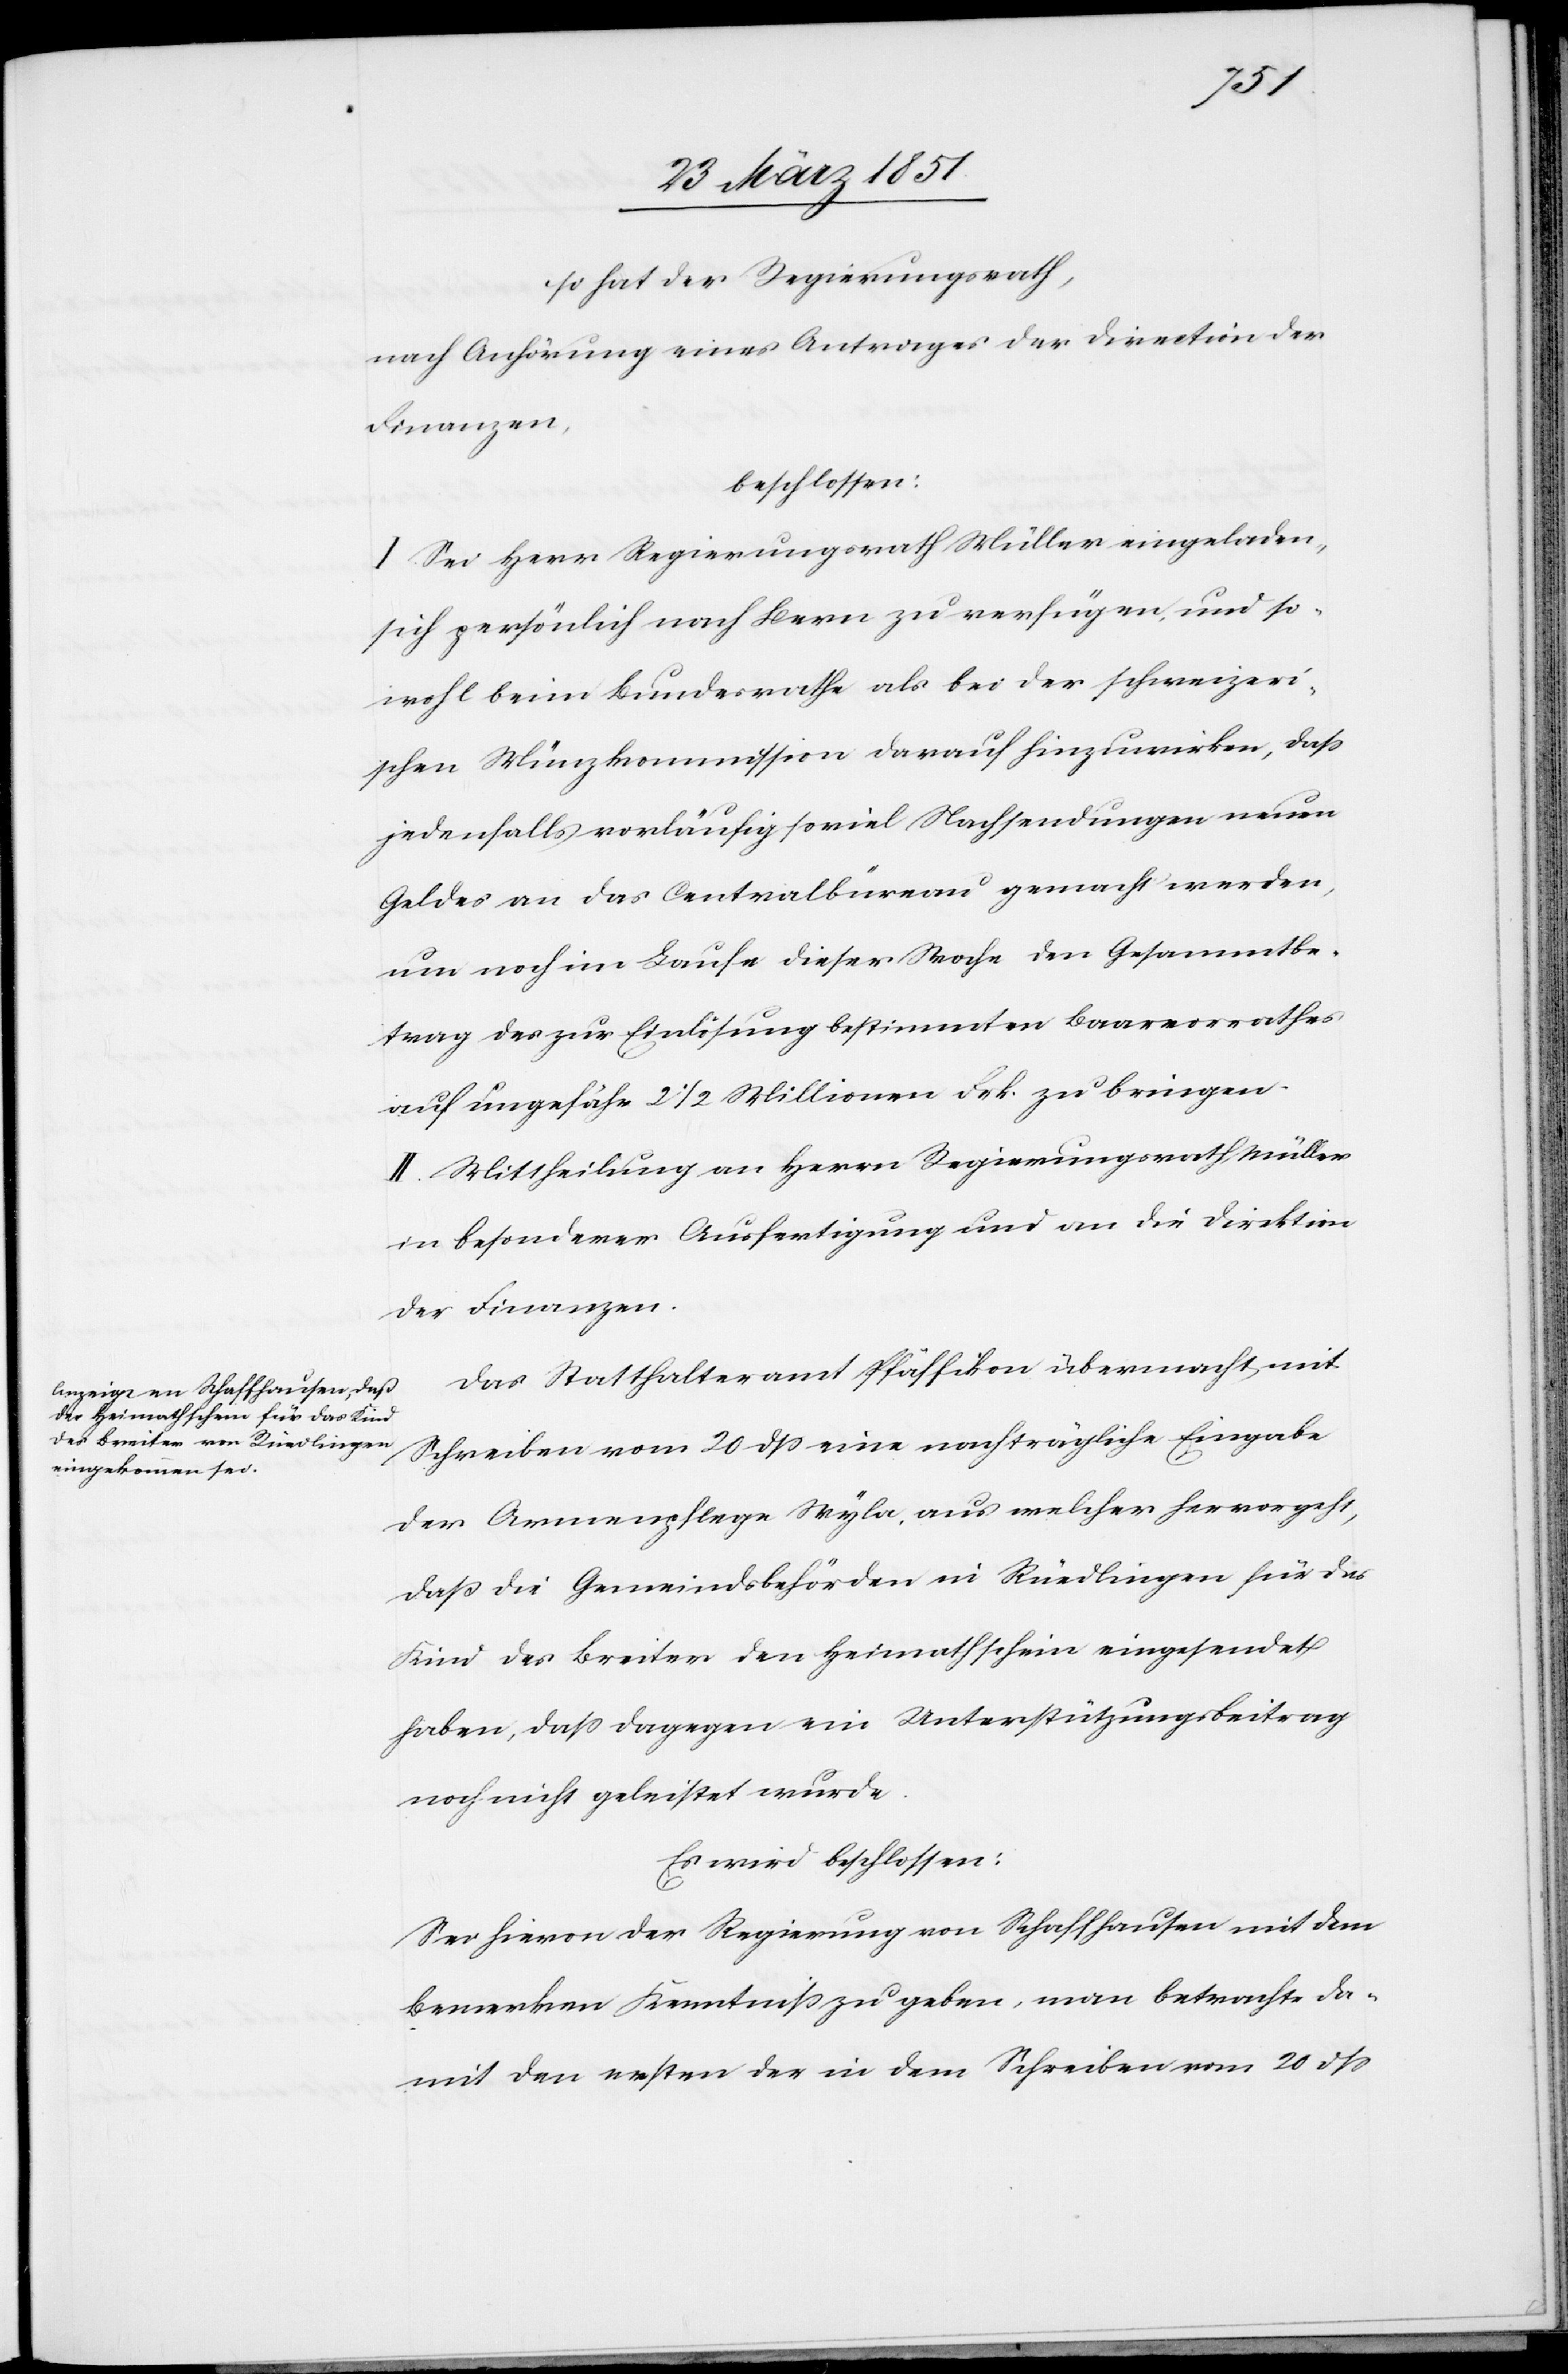
so hat der Regierungsrath,
nach Anhörung eines Antrages der Direction der
Finanzen,
beschlossen:
I. Sei Herr Regierungsrath Müller eingeladen,
sich persönlich nach Bern zu verfügen und so¬
wohl beim Bundesrathe als bei der schweizeri¬
schen Münzkommission darauf hinzuwirken, daß
jedenfalls vorläufig so viel Nachsendungen neuen
Geldes an das Centralbüreau gemacht werden,
um noch im Laufe dieser Woche den Gesammtbe¬
trag des zur Einlösung bestimmten Baarvorrathes
auf ungefähr 2 1/2 Millionen Frk. zu bringen.
II. Mittheilung an Herrn Regierungsrath Müller
in besonderer Ausfertigung und an die Direktion
der Finanzen.
Das Statthalteramt Pfäffikon übermacht mit
Schreiben vom 20 dß eine nachträgliche Eingabe
der Armenpflege Wyla, aus welcher hervorgeht,
daß die Gemeindsbehörden in Rüedlingen für das
Kind des Breiter den Heimatschein eingesendet
haben, daß dagegen ein Unterstützungsbeitrag
noch nicht geleistet wurde.
Es wird beschlossen:
Sei hievon der Regierung von Schaffhausen mit dem
Bemerken Kenntniß zu geben, man betrachte da¬
mit den ersten der in dem Schreiben vom 20 dß